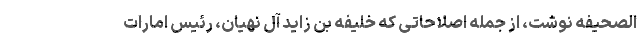
الصحیفه نوشت، از جمله اصلاحاتی که خلیفه بن زاید آل نهیان، رئیس امارات